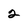
Character: 2